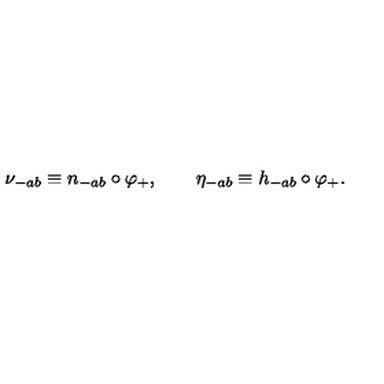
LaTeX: \nu _ { - a b } \equiv n _ { - a b } \circ \varphi _ { + } , \qquad \eta _ { - a b } \equiv h _ { - a b } \circ \varphi _ { + } .